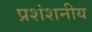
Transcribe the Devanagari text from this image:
प्रशंशनीय